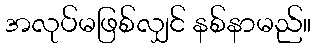
အလုပ်မဖြစ်လျှင် နစ်နာမည်။